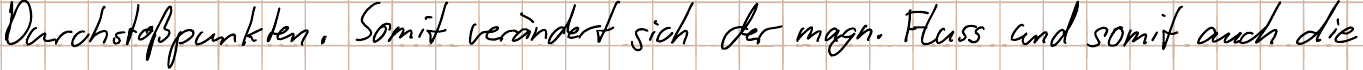
Durchstoßpunkten. Somit verändert sich der magn. Fluss und somit auch die